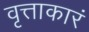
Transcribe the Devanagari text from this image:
वृत्ताकारं